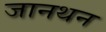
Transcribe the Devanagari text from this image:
जानथन